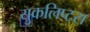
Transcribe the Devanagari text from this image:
युकलिप्टस